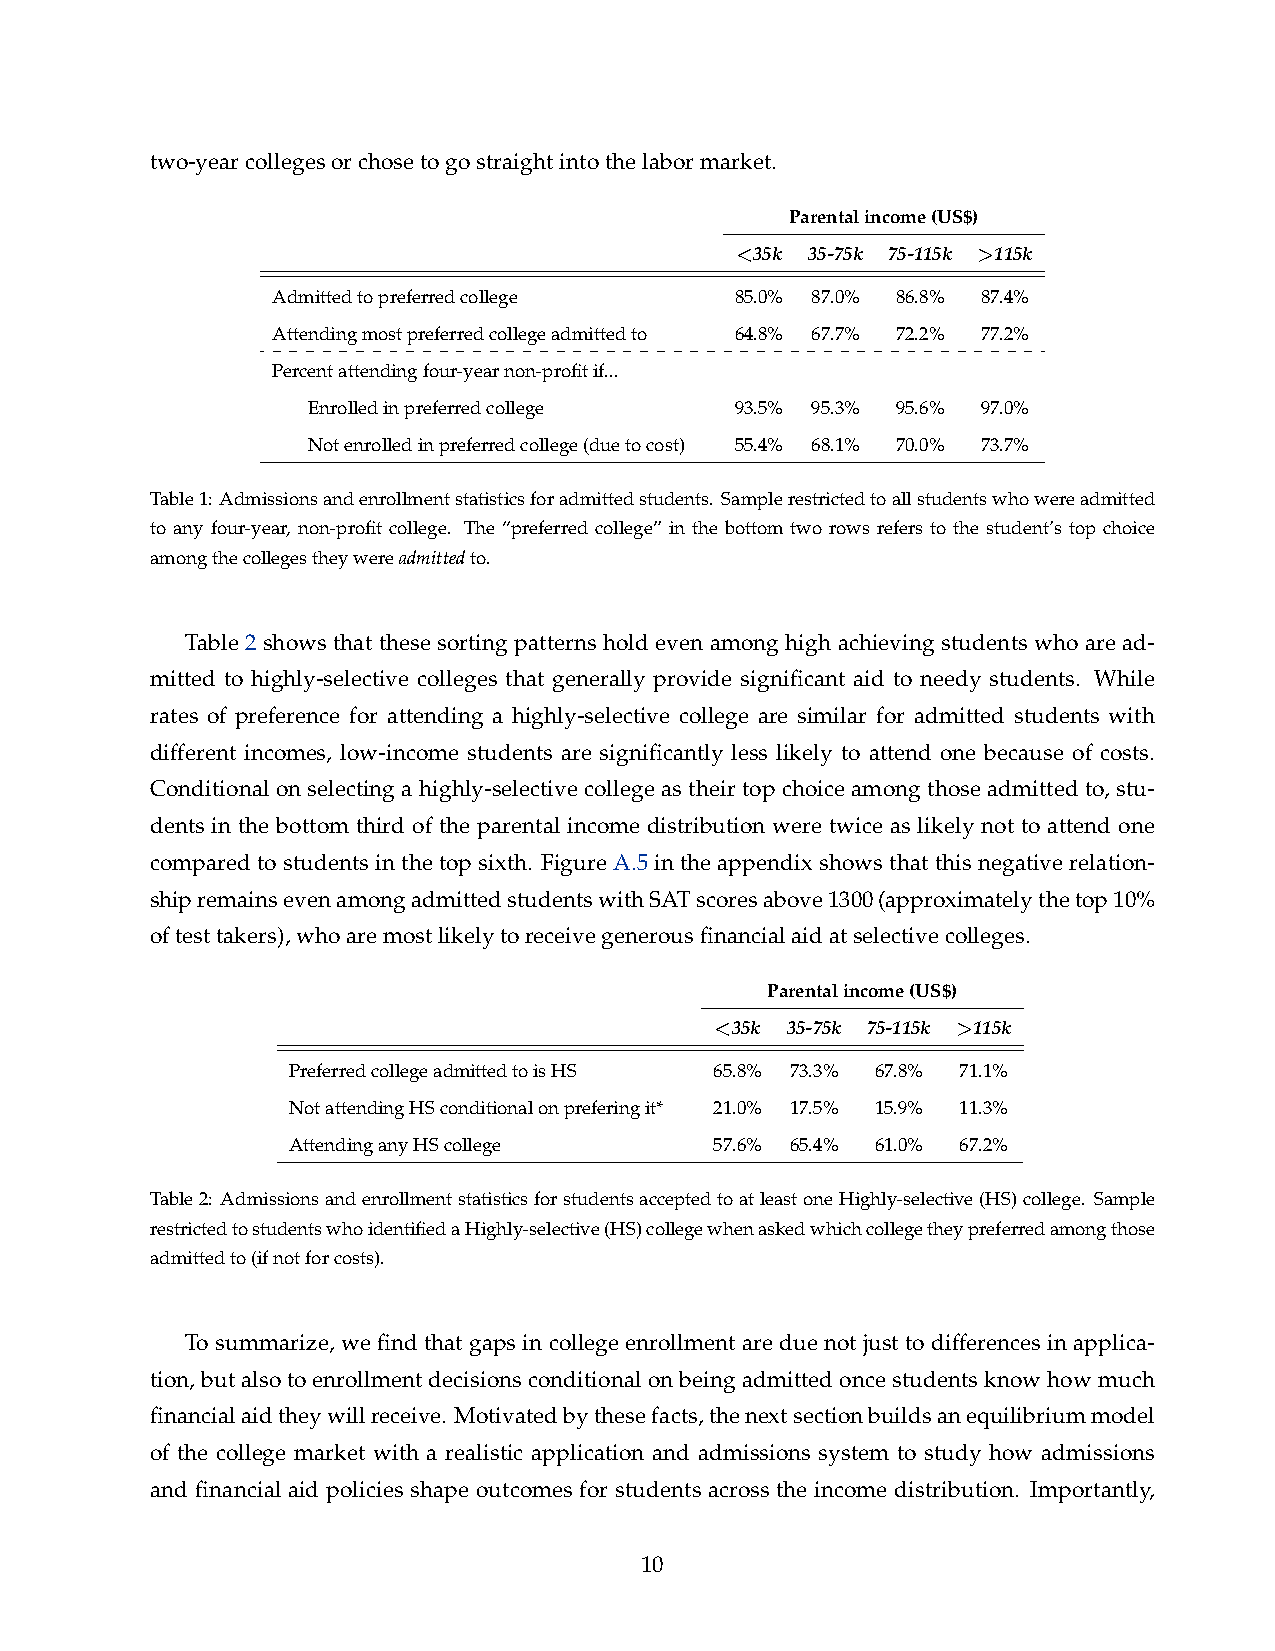
two-yearcollegesorchosetogostraightintothelabormarket.
 Parentalincome(US$)
 <35k 35-75k 75-115k >115k
 Admittedtopreferredcollege     85.0% 87.0% 86.8% 87.4%
 Attendingmostpreferredcollegeadmittedto 64.8% 67.7% 72.2% 77.2%
 Percentattendingfour-yearnon-profitif...
 Enrolledinpreferredcollege   93.5% 95.3% 95.6% 97.0%
 Notenrolledinpreferredcollege(duetocost) 55.4% 68.1% 70.0% 73.7%
 Table1: Admissionsandenrollmentstatisticsforadmittedstudents. Samplerestrictedtoallstudentswhowereadmitted
 to any four-year, non-profit college. The “preferred college” in the bottom two rows refers to the student’s top choice
 amongthecollegestheywereadmittedto.
 Table 2 shows that these sorting patterns hold even among high achieving students who are ad-
 mitted to highly-selective colleges that generally provide significant aid to needy students. While
 rates of preference for attending a highly-selective college are similar for admitted students with
 different incomes, low-income students are significantly less likely to attend one because of costs.
 Conditional on selecting a highly-selective college as their top choice among those admitted to, stu-
 dents in the bottom third of the parental income distribution were twice as likely not to attend one
 compared to students in the top sixth. Figure A.5in the appendix shows that this negative relation-
 shipremainsevenamongadmittedstudentswithSATscoresabove1300(approximatelythetop10%
 oftesttakers),whoaremostlikelytoreceivegenerousfinancialaidatselectivecolleges.
 Parentalincome(US$)
 <35k 35-75k 75-115k >115k
 PreferredcollegeadmittedtoisHS 65.8% 73.3% 67.8% 71.1%
 NotattendingHSconditionalonpreferingit* 21.0% 17.5% 15.9% 11.3%
 AttendinganyHScollege       57.6% 65.4% 61.0% 67.2%
 Table2: AdmissionsandenrollmentstatisticsforstudentsacceptedtoatleastoneHighly-selective(HS)college. Sample
 restrictedtostudentswhoidentifiedaHighly-selective(HS)collegewhenaskedwhichcollegetheypreferredamongthose
 admittedto(ifnotforcosts).
 To summarize, we find that gaps in college enrollment are due not just to differences in applica-
 tion,butalsotoenrollmentdecisionsconditionalonbeingadmittedoncestudentsknowhowmuch
 financialaidtheywillreceive. Motivatedbythesefacts,thenextsectionbuildsanequilibriummodel
 of the college market with a realistic application and admissions system to study how admissions
 and financial aid policies shape outcomes for students across the income distribution. Importantly,
 10